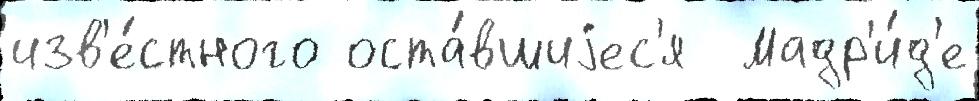
изв'е́стного оста́вшиjес'я  Мадр'и́д'е